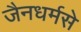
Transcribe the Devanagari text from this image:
जैनधर्मसे